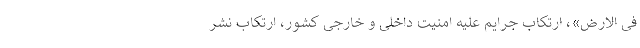
فی الارض»، ارتکاب جرایم علیه امنیت داخلی و خارجی کشور، ارتکاب نشر